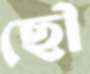
ছৌ